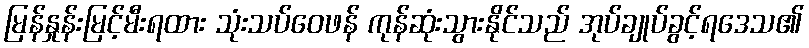
မြန်နှုန်းမြင့်မီးရထား သုံးသပ်ဝေဖန် ကုန်ဆုံးသွားနိုင်သည် အုပ်ချုပ်ခွင့်ရဒေသ၏